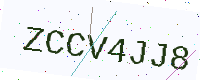
Text: ZCCV4JJ8